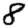
Digit: 8